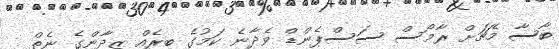
ބާސާ މެޗަށް ރާމޯސް ސަސްޕެންޑް ވެދާނެ ކަމުގެ ބިރެއް ޒިދާންގެ ނެތް